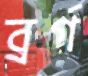
ব্রর্গ